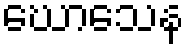
ဃောသေန